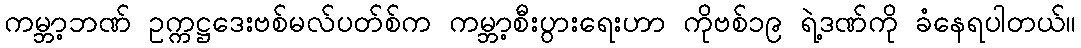
ကမ္ဘာ့ဘဏ် ဥက္ကဋ္ဌဒေးဗစ်မလ်ပတ်စ်က ကမ္ဘာ့စီးပွားရေးဟာ ကိုဗစ်၁၉ ရဲ့ဒဏ်ကို ခံနေရပါတယ်။